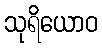
သုရိယောဝ